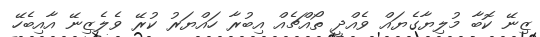
ޒިނޭ ކޮބާ މުލިޔާގެޔައް ވެއްދީ ތޯއްޗެއް އިބުރާ ހައްޔަރު ކުރޭ ވެލެޒިނޭ އާއިބެހޭ